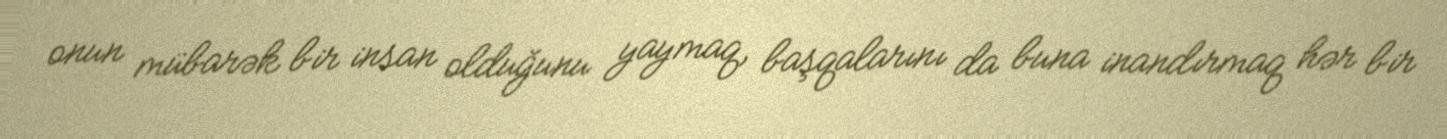
onun mübarək bir insan olduğunu yaymaq, başqalarını da buna inandırmaq hər bir